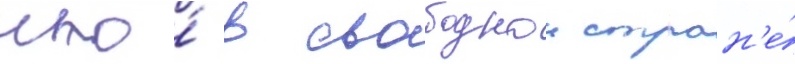
что́ в свободнои стран'е́